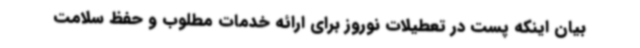
بیان اینکه پست در تعطیلات نوروز برای ارائه خدمات مطلوب و حفظ سلامت